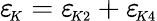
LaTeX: {\varepsilon_{\! \scriptscriptstyle K}}={\varepsilon_{\! \scriptscriptstyle K2}}+{\varepsilon_{\! \scriptscriptstyle K4}}